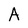
Character: A